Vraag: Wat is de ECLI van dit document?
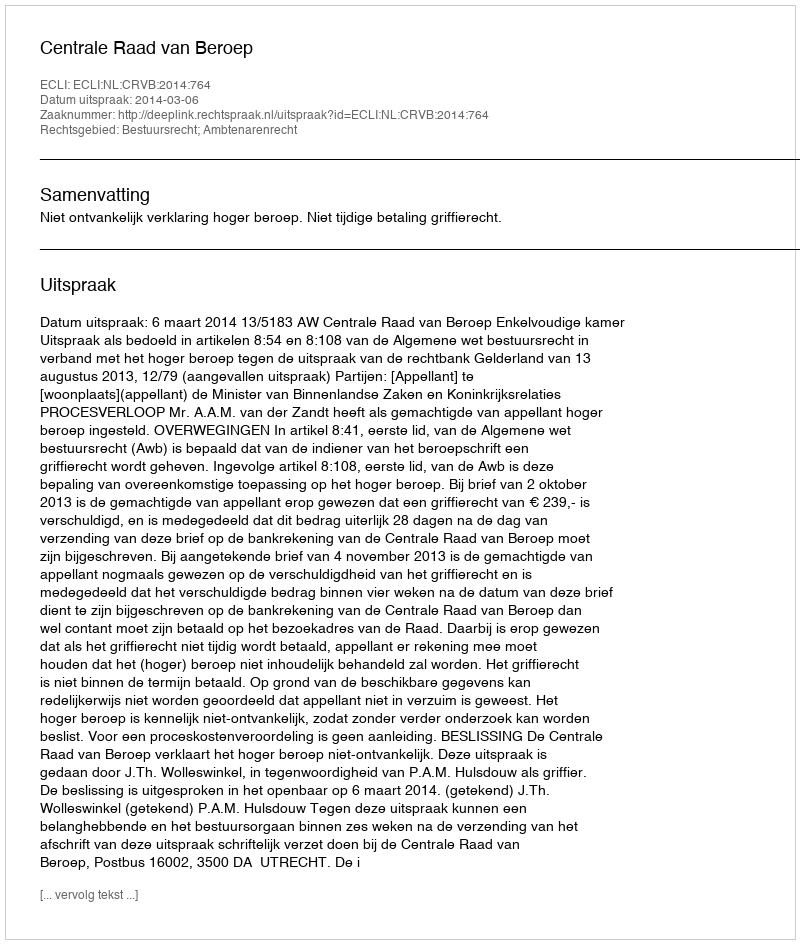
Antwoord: ECLI:NL:CRVB:2014:764